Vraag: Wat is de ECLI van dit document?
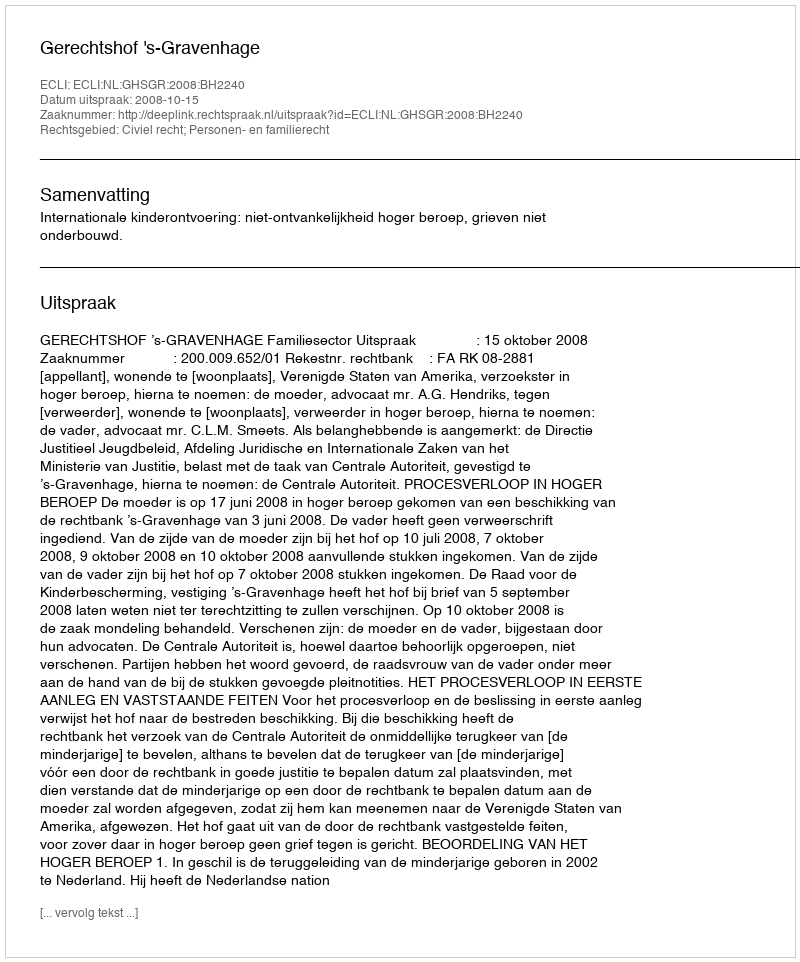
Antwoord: ECLI:NL:GHSGR:2008:BH2240